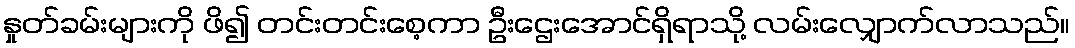
နှုတ်ခမ်းများကို ဖိ၍ တင်းတင်းစေ့ကာ ဦးဌေးအောင်ရှိရာသို့ လမ်းလျှောက်လာသည်။